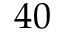
4 0